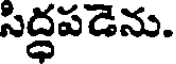
సిద్ధపడెను.